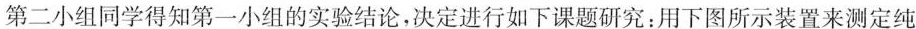
第二小组同学得知第一小组的实验结论，决定进行如下课题研究：用下图所示装置来测定纯